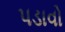
પડાવો